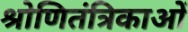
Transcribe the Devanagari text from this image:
श्रोणितंत्रिकाओं